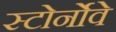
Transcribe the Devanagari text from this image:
स्टोर्नोवे